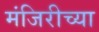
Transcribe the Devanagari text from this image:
मंजिरीच्या